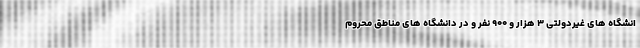
انشگاه های غیردولتی ۳ هزار و ۹۰۰ نفر و در دانشگاه های مناطق محروم